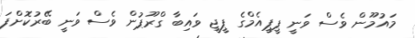
މައުމޫން ވެސް ވަނީ ޕީޕީއެމްގެ ޕީޖީ ވައިބާ ގްރޫޕުން ވެސް ވަނީ ބޭރުކޮށްފަ